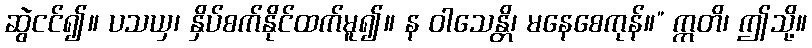
ဆွဲငင်၍။ ပသယှ၊ နှိပ်စက်နိုင်ထက်မူ၍။ န ဝါသေန္တိ၊ မနေစေကုန်။” ဣတိ၊ ဤသို့။